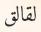
لقالق